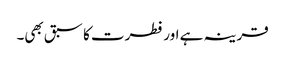
قرینہ ہے اور فطرت کا سبق بھی۔